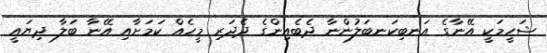
ޝަހީމަކީ އޭނާގެ އަނބިކަނބަލުންނާ ދެބެއިންގެ ދެދަރި މީހެއް ކަމަށާއި އޭނާ ބަލާ ދިޔައީ